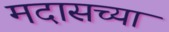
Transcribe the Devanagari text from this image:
मदासच्या